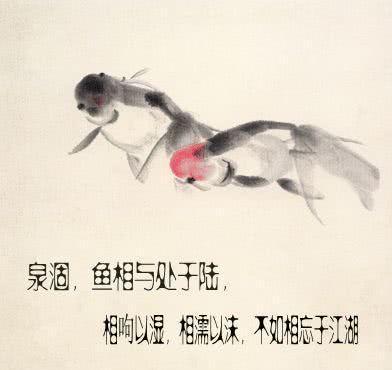
泉涸，鱼相与处于陆，相呴以湿，相濡以沫，不如相忘于江湖。